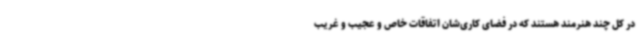
در کل چند هنرمند هستند که در فضای کاری‌شان اتفاقات خاص و عجیب و غریب